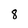
Character: 8